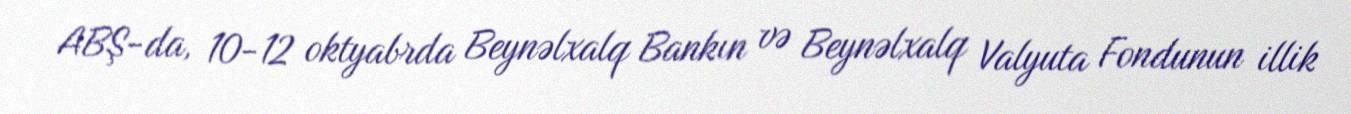
ABŞ-da, 10-12 oktyabrda Beynəlxalq Bankın və Beynəlxalq Valyuta Fondunun illik